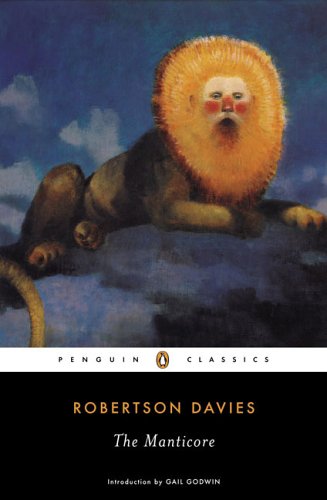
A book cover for The Manticore (Penguin Classics); Robertson Davies; Literature & Fiction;